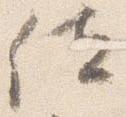
位